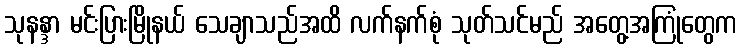
သုနန္ဒာ မင်းပြားမြိုနယ် သေချာသည်အထိ လက်နက်စုံ သုတ်သင်မည် အတွေ့အကြုံတွေက